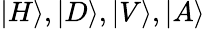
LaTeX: |H\rangle,|D\rangle,|V\rangle,|A\rangle